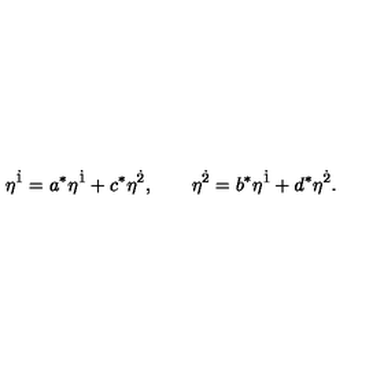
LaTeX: \eta ^ { \dot { 1 } } = a ^ { \ast } \eta ^ { \dot { 1 } } + c ^ { \ast } \eta ^ { \dot { 2 } } , \qquad \eta ^ { \dot { 2 } } = b ^ { \ast } \eta ^ { \dot { 1 } } + d ^ { \ast } \eta ^ { \dot { 2 } } .